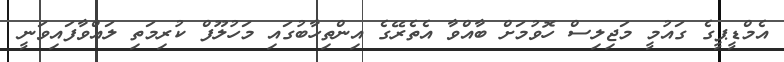
އެމްޑީޕީގެ ގައުމީ މަޖިލިސް ހޮވުމަށް ބާއްވާ އެތެރޭގެ އިންތިހާބުގައި މަހުލޫފް ކުރިމަތި ލައްވާފައިވަނީ